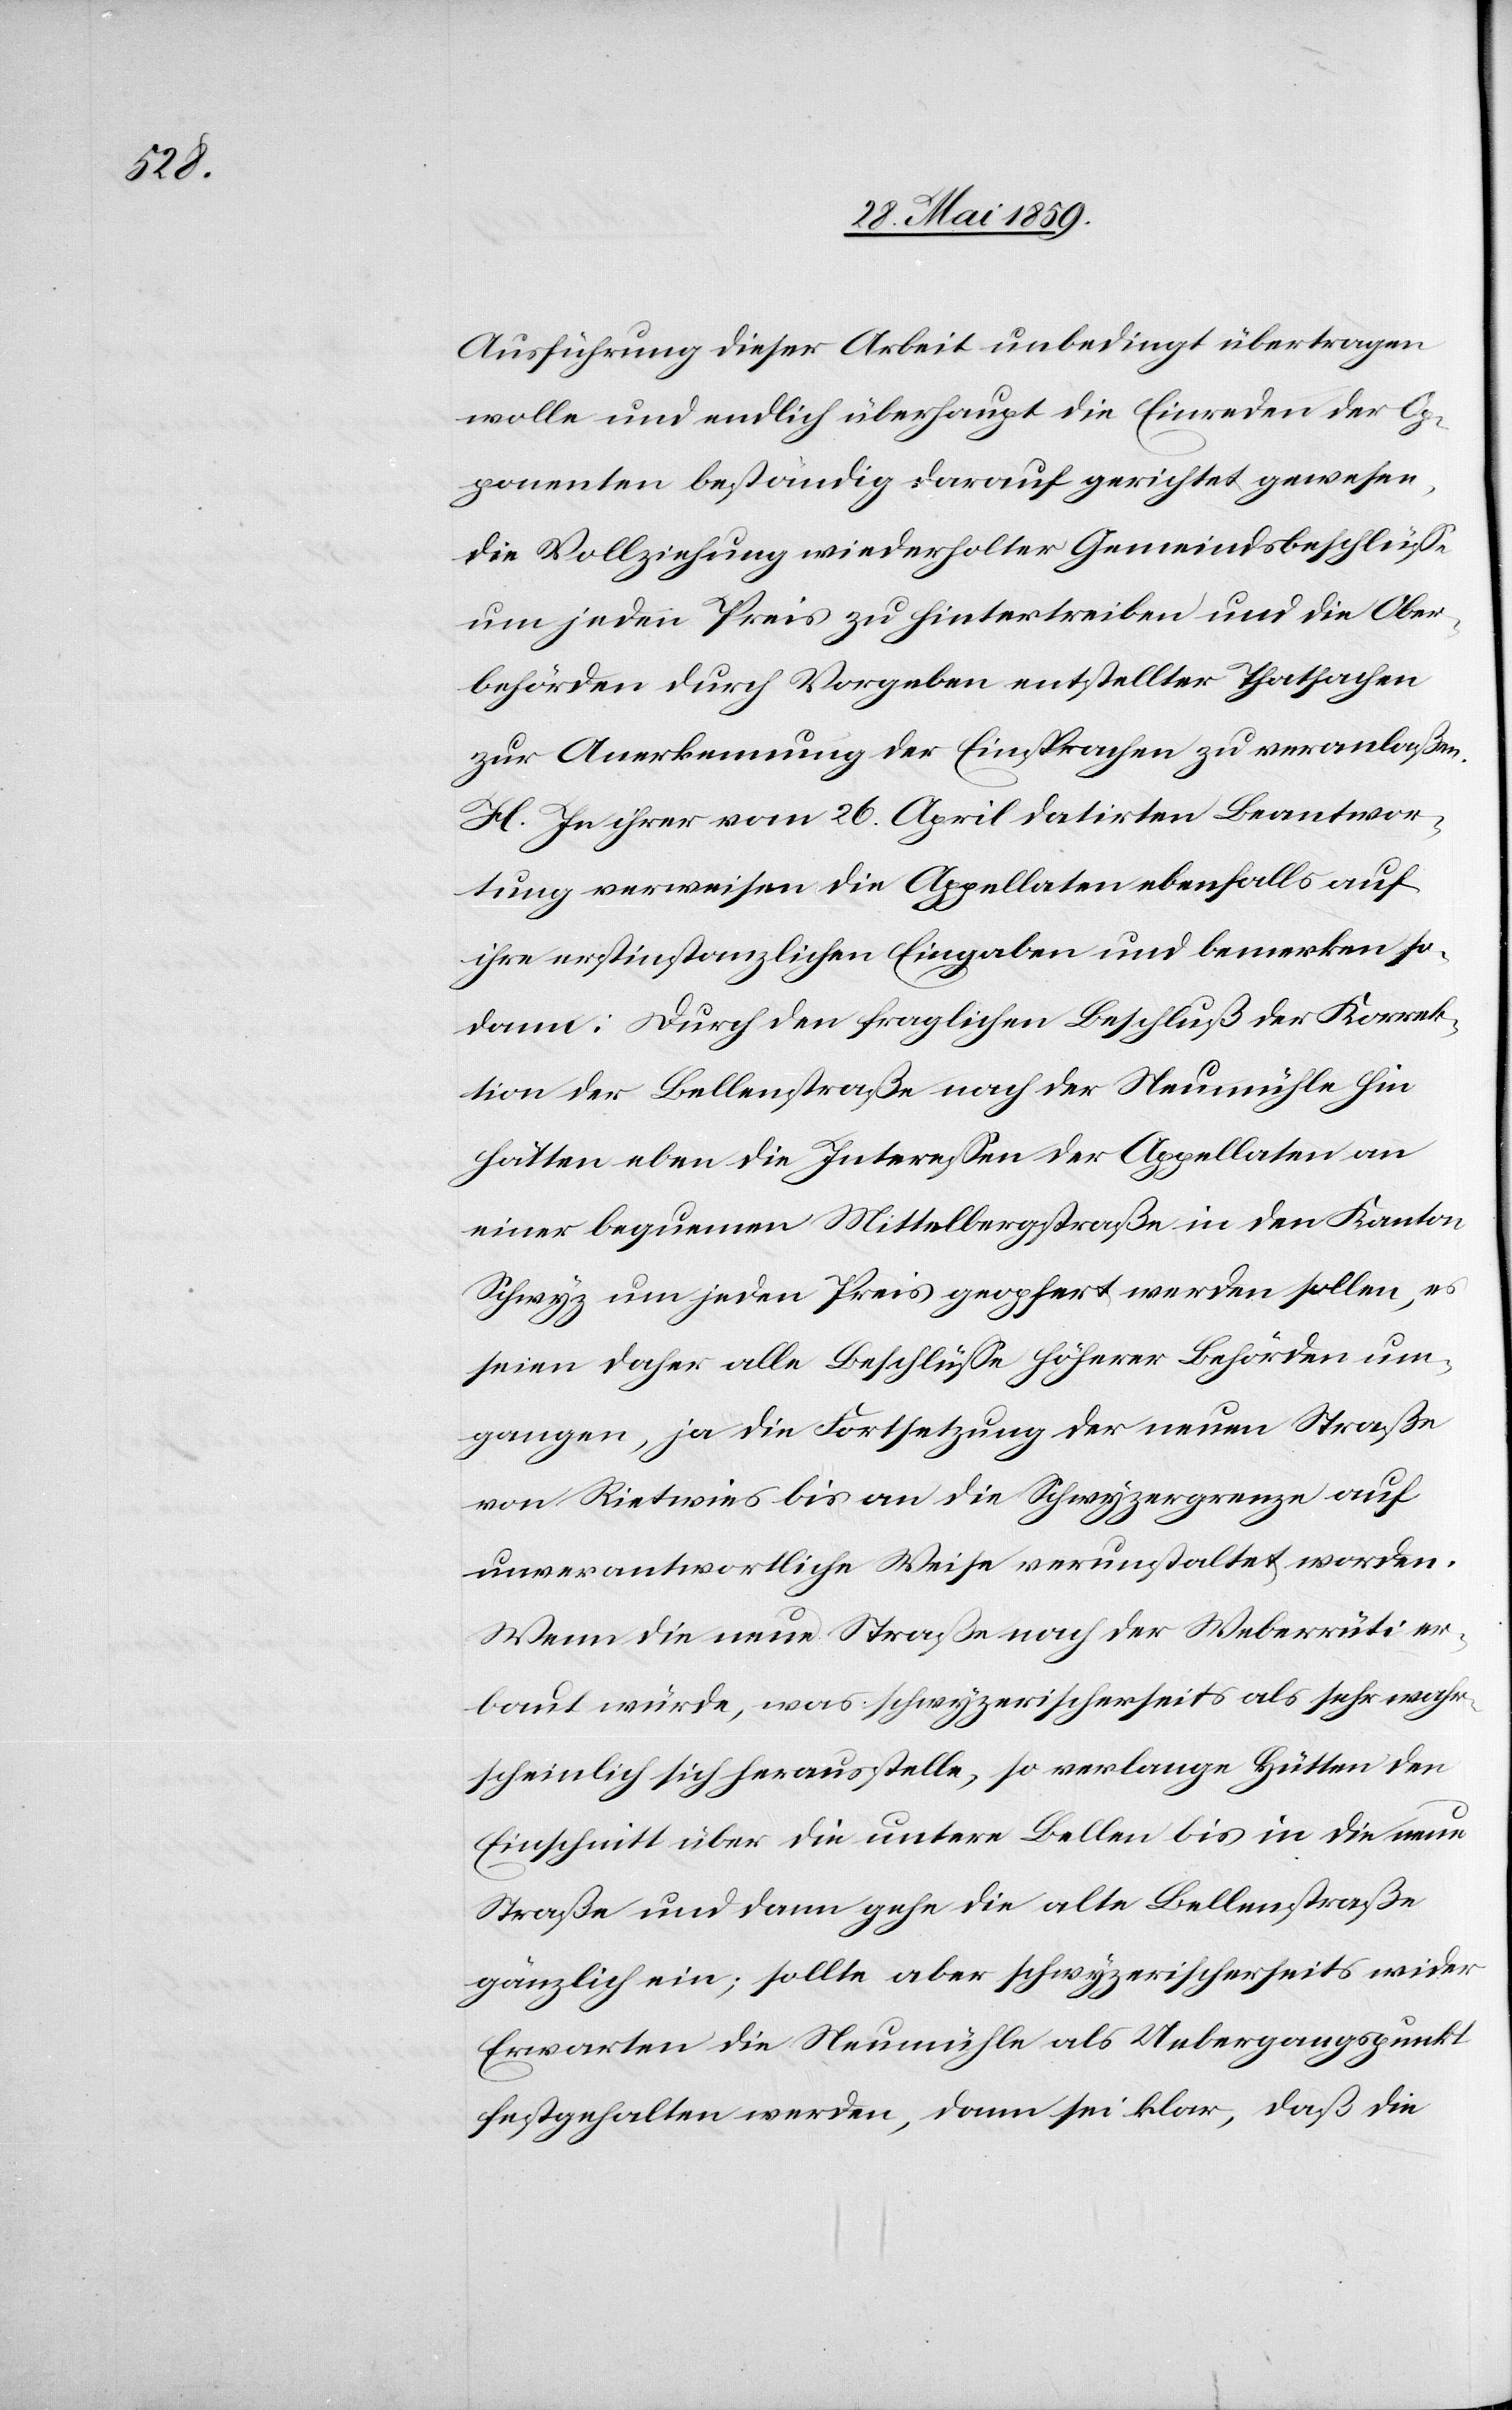
Ausführung dieser Arbeit unbedingt übertragen
wolle und endlich überhaupt die Einreden der Op¬
ponenten beständig darauf gerichtet gewesen,
die Vollziehung wiederholter Gemeindsbeschlüsse
um jeden Preis zu hintertreiben und die Ober¬
behörden durch Vorgeben entstellter Thatsachen
zur Anerkennung der Einsprachen zu veranlaßen.
H. In ihrer vom 26. April datirten Beantwor¬
tung verweisen die Appellaten ebenfalls auf
ihre erstinstanzlichen Eingaben und bemerken so¬
dann: Durch den fraglichen Beschluß der Korrek¬
tion der Bellenstraße nach der Neumühle hin
hätten eben die Interessen der Appellaten an
einer bequemen Mittelbergstraße in den Kanton
Schwyz um jeden Preis geopfert werden sollen, es
seien daher alle Beschlüsse höherer Behörden um¬
gangen, ja die Fortsetzung der neuen Straße
von Rietwies bis an die Schwyzergrenze auf
unverantwortliche Weise verunstaltet worden.
Wenn die neue Straße nach der Weberrüti er¬
baut würde, was schwyzerischerseits als sehr wahr¬
scheinlich sich herausstelle, so verlange Hütten den
Einschnitt über die untere Bellen bis in die neue
Straße und dann gehe die alte Bellenstraße
gänzlich ein; sollte aber schwyzerischerseits wider
Erwarten die Neumühle als Uebergangspunkt
festgehalten werden, dann sei klar, daß die